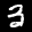
Label: 3